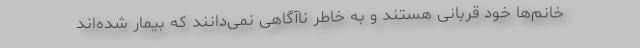
خانم‌ها خود قربانی هستند و به خاطر ناآگاهی نمی‌دانند که بیمار شده‌اند